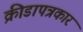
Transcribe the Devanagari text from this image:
क्रीडापत्रकार